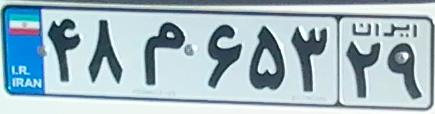
۴۸م۶۵۳۲۹